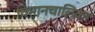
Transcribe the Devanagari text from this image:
विमानचालिका